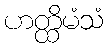
ဟတ္ထိမံသံ